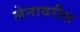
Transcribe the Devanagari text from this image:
लेनावरील